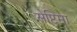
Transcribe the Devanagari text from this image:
सेप्टिमा